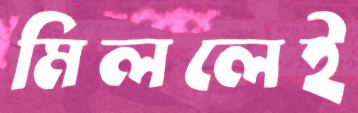
মিললেই